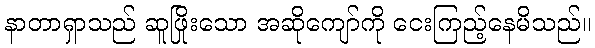
နာတာရှာသည် ဆူဖြိုးသော အဆိုကျော်ကို ငေးကြည့်နေမိသည်။